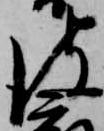
彼